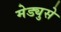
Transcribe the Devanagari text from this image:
मेड्युसे